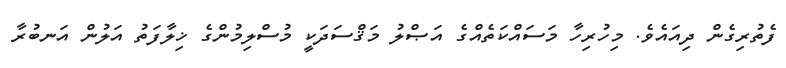
ފެތުރިގެން ދިއައެވެ. މިހުރިހާ މަސައްކަތެއްގެ އަޞްލު މަޤްސަދަކީ މުސްލިމުންގެ ޚިލާފަތު އަލުން އަނބުރާ